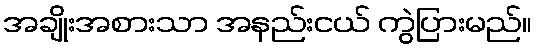
အချိုးအစားသာ အနည်းငယ် ကွဲပြားမည်။